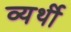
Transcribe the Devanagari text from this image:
व्‍यर्थी